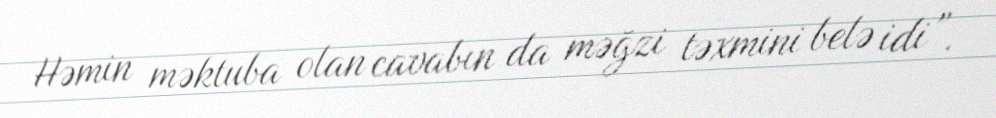
Həmin məktuba olan cavabın da məğzi təxmini belə idi”.